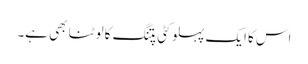
اس کا ایک پہلو کٹی پتنگ کا لوٹنا بھی ہے۔